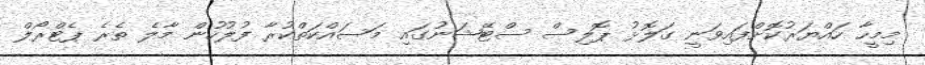
މިމީހާ ހައްޔަރުކޮށްފައިވަނީ ގަލޮޅު ޕޮލިސް ސްޓޭޝަނުގައި މަސައްކަތްކުރާ ފުލުހުން މާލެ ތެރެ ޕެޓްރޯލް